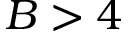
B > 4